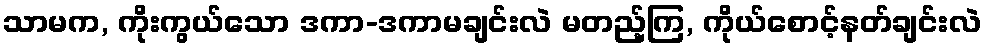
သာမက, ကိုးကွယ်သော ဒကာ-ဒကာမချင်းလဲ မတည့်ကြ, ကိုယ်စောင့်နတ်ချင်းလဲ